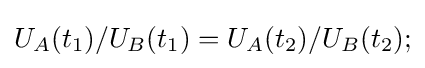
U_{A}(t_{1})/U_{B}(t_{1})=U_{A}(t_{2})/U_{B}(t_{2});